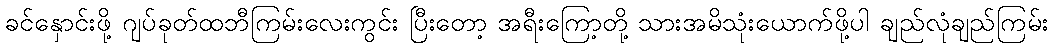
ခင်နှောင်းဖို့ ဂျပ်ခုတ်ထဘီကြမ်းလေးကွင်း ပြီးတော့ အရီးကြော့တို့ သားအမိသုံးယောက်ဖို့ပါ ချည်လုံချည်ကြမ်း